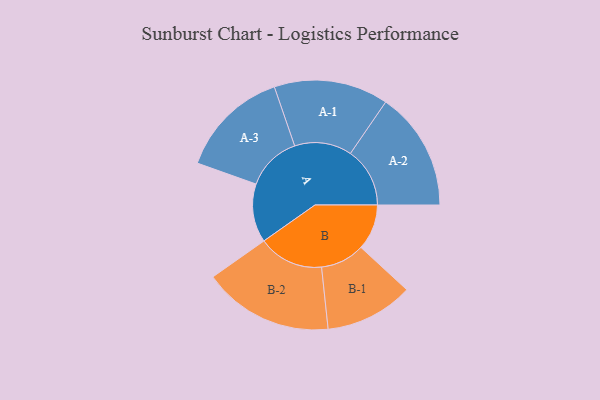
{"axis": {"x": "Segment", "y": "Value"}, "legend": ["", "A", "B"], "data": [{"x": "A", "y": 264, "type": ""}, {"x": "B", "y": 206, "type": ""}, {"x": "A-1", "y": 258, "type": "A"}, {"x": "A-2", "y": 268, "type": "A"}, {"x": "A-3", "y": 248, "type": "A"}, {"x": "B-1", "y": 199, "type": "B"}, {"x": "B-2", "y": 294, "type": "B"}]}